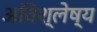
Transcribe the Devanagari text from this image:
अविश्लेष्य